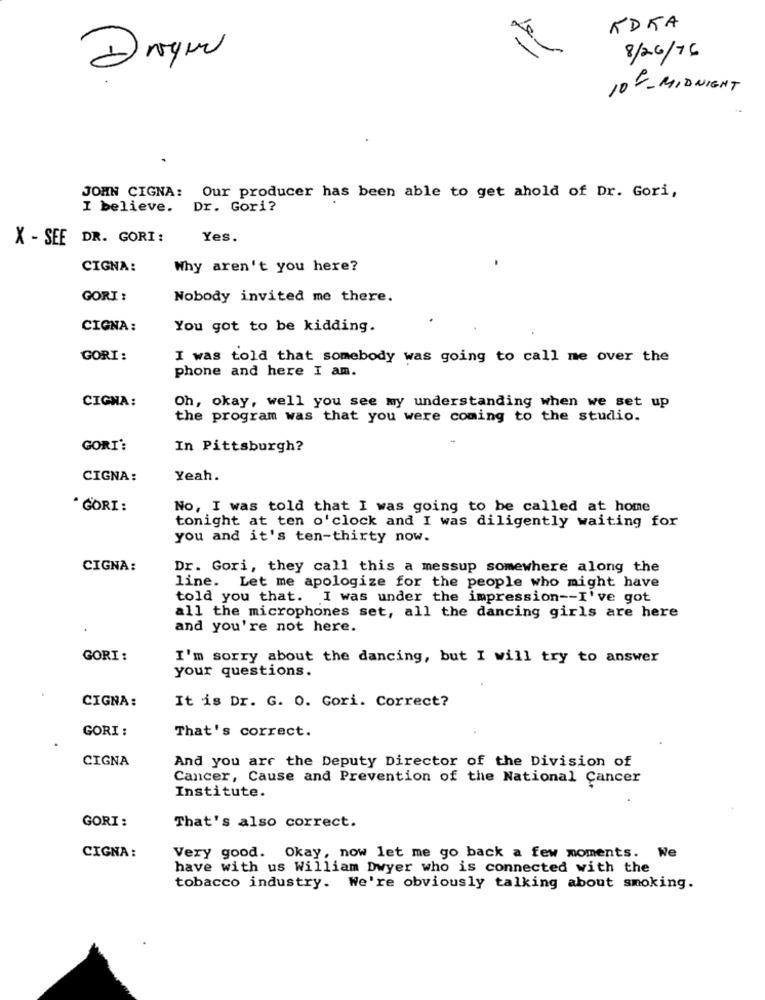
KDKA
Drogen
8/26/76
10F-MIDNIGHT
JOHN CIGNA: Our producer has been able to get ahold of Dr. Gori,
I believe. Dr. Gori?
X - SEE DR. GORI:
Yes.
CIGNA:
Why aren't you here?
GORI :
Nobody invited me there.
CIGNA:
You got to be kidding.
GORI:
I was told that somebody was going to call me over the
phone and here I am.
CIGNA:
Oh, okay, well you see my understanding when we set up
the program was that you were coming to the studio.
GORI':
In Pittsburgh?
CIGNA:
Yeah.
* GORI :
No, I was told that I was going to be called at home
tonight at ten o'clock and I was diligently waiting for
you and it's ten-thirty now.
CIGNA:
Dr. Gori, they call this a messup somewhere along the
line. Let me apologize for the people who might have
told you that. I was under the impression -- I've got
all the microphones set, all the dancing girls are here
and you're not here.
GORI :
I'm sorry about the dancing, but I will try to answer
your questions.
CIGNA:
It is Dr. G. O. Gori. Correct?
GORI :
That's correct.
CIGNA
And you are the Deputy Director of the Division of
Cancer, Cause and Prevention of the National Cancer
Institute.
GORI:
That's also correct.
CIGNA:
Very good. Okay, now let me go back a few moments. We
have with us William Dwyer who is connected with the
tobacco industry. We're obviously talking about smoking.